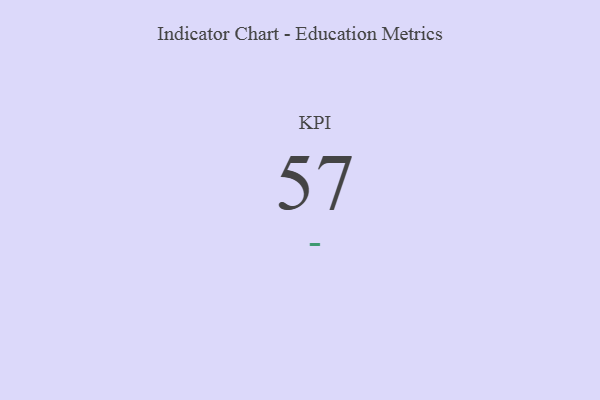
{"axis": {"x": "KPI", "y": "Value"}, "legend": [""], "data": [{"x": "KPI", "y": 57, "type": ""}]}